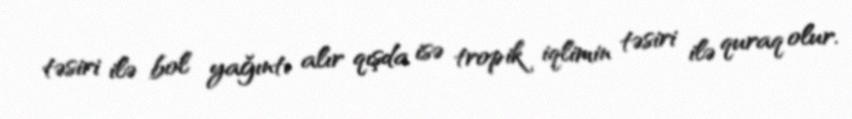
təsiri ilə bol yağıntı alır qışda isə tropik iqlimin təsiri ilə quraq olur.